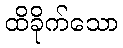
ထိခိုက်သော